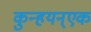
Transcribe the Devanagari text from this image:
कुन्हयन्एक